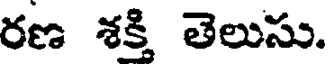
రణ శక్తి తెలుసు.